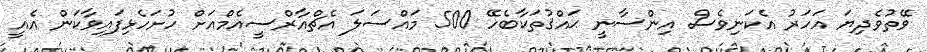
ވޭތުވެދިޔަ އަހަރު އެކަނިވެސް އިންސާނީ ޙައްޤުތަކާބެހޭ 500 މައްސަލަ އެޗްއާރްސީއެމްއަށް ހުށަހެޅިފައިވާކަން އެއީ